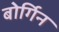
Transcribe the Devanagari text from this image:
बोर्गिन